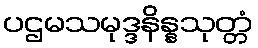
ပဌမသမုဒ္ဒနိန္နသုတ္တံ